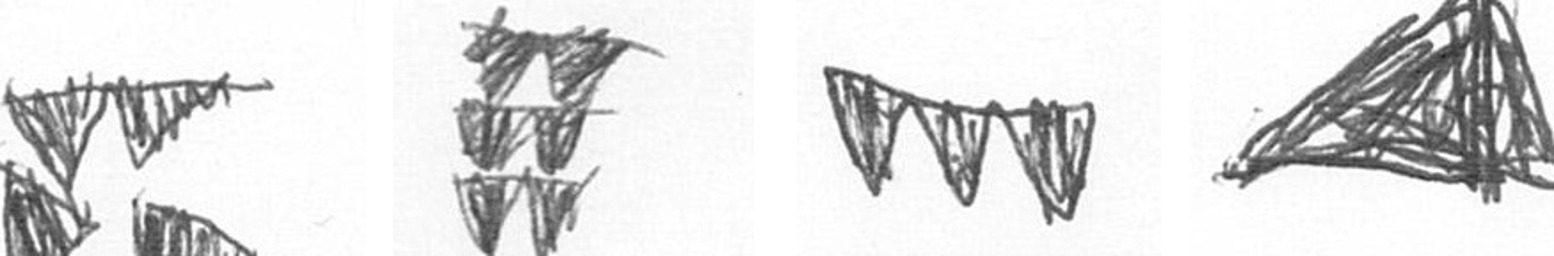
B Y L O